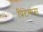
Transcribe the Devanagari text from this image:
प्रिंटेमप्स